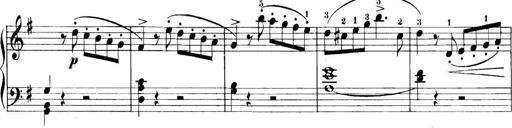
Title: 11 Sonatinas
Composer: Anton Diabelli